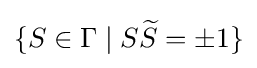
\{S\in \Gamma \mid S{\widetilde {S}}=\pm 1\}